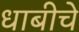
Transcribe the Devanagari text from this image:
धाबीचे